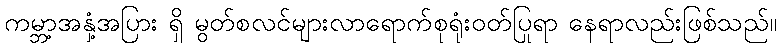
ကမ္ဘာ့အနှံ့အပြား ရှိ မွတ်စလင်များလာရောက်စုရုံးဝတ်ပြုရာ နေရာလည်းဖြစ်သည်။